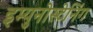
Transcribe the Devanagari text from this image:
इम्युनोस्टेनिंग